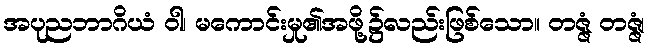
အပုညဘာဂိယံ ဝါ၊ မကောင်းမှု၏အဖို့၌လည်းဖြစ်သော။ တဇ္ဇံ တဇ္ဇံ၊